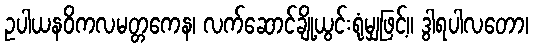
ဥပါယနဝိကလမတ္တကေန၊ လက်ဆောင်ချို့ယွင်းရုံမျှဖြင့်။ ဒွါရပါလတော၊